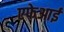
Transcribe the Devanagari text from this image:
एफेआई